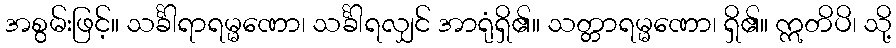
အစွမ်းဖြင့်။ သင်္ခါရာရမ္မဏော၊ သင်္ခါရလျှင် အာရုံရှိ၏။ သတ္တာရမ္မဏော၊ ရှိ၏။ ဣတိပိ၊ သို့